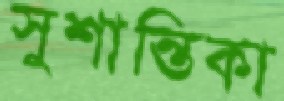
সুশান্তিকা